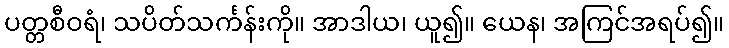
ပတ္တစီဝရံ၊ သပိတ်သင်္ကန်းကို။ အာဒါယ၊ ယူ၍။ ယေန၊ အကြင်အရပ်၍။